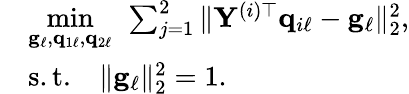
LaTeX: \begin{array}{rl}&{\underset{{\mathbf g}_{\ell},{\mathbf q}_{1\ell},{\mathbf q}_{2\ell}}{\operatorname*{min}}~\sum_{j=1}^{2}\| {\mathbf Y}^{(i)\top}{\mathbf q}_{i\ell}-{\mathbf g}_{\ell}\| _{2}^{2},}\\ &{\mathrm{s.t.}\quad\| {\mathbf g}_{\ell}\| _{2}^{2}=1.}\end{array}